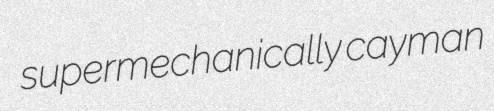
supermechanically cayman